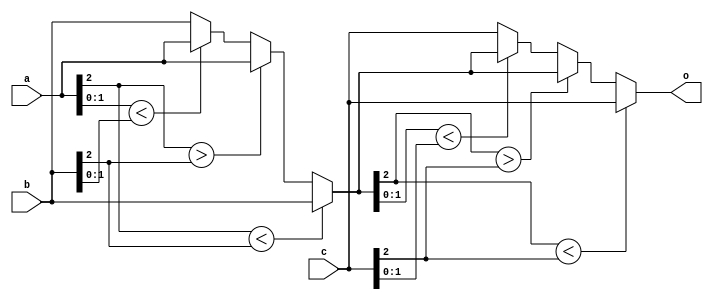
module lab1_3(a, b, c, o);
input [2:0] a, b, c; //three input variables (2 bits signed num)
output [2:0] o; // minimum output (2 bits signed num)
reg [2:0] o;

always @* begin
    o = a;
    if (o[2] < b[2]) //a[2]==0, b[2]==1
        o = b;
    else if (o[2] > b[2]); //a[2]==1, b[2]==0
    else begin //a[2] == b[2]
        if (o[1:0] < b[1:0]);
        else
            o = b;
    end

    if (o[2] < c[2]) //b[2]==0, c[2]==1
        o = c;
    else if (o[2] > c[2]); //b[2]==1, c[2]==0
    else begin //b[2] == c[2]
        if (o[1:0] < c[1:0]);
        else
            o = c;
    end
end
endmodule